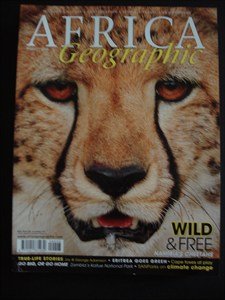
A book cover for AFRICA Geographic - August 2009 - Namibia - Cheetahs - Zambia - Kafue - Epitrea - Wildlife - Nature - Conservation - People - Travel; Travel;